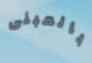
بالمبنى